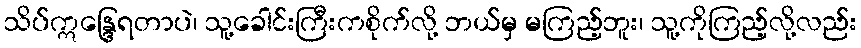
သိပ်ဣန္ဒြေရတာပဲ၊ သူ့ခေါင်းကြီးကစိုက်လို့ ဘယ်မှ မကြည့်ဘူး၊ သူ့ကိုကြည့်လို့လည်း